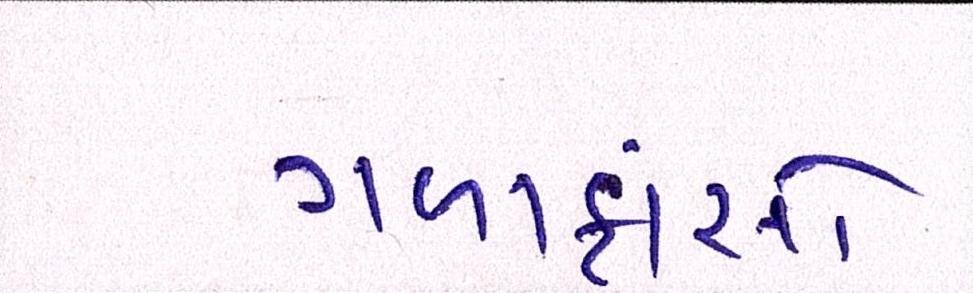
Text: ગળાફાંસો